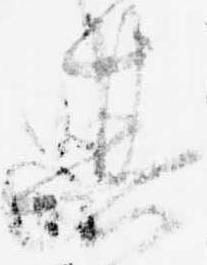
其